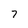
Character: 7